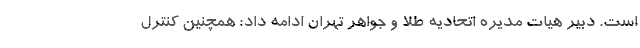
است. دبیر هیات مدیره اتحادیه طلا و جواهر تهران ادامه داد: همچنین کنترل